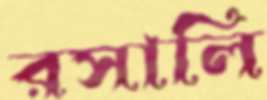
রসালি